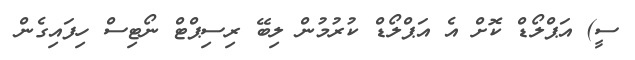
ސީ) އަޕްލޯޑް ކޮށް އެ އަޕްލޯޑް ކުރުމުން ލިބޭ ރިސިޕްޓް ނޯޓިސް ހިފައިގެން